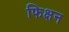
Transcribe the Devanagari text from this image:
फिक्षन